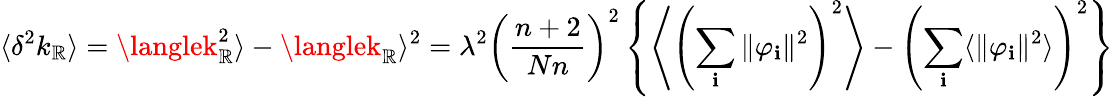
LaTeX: \langle\delta^{2}k_{\mathbb{R}}\rangle=\langlek_{\mathbb{R}}^{2}\rangle-\langlek_{\mathbb{R}}\rangle^{2}=\lambda^{2}\left(\frac{{n+2}}{{Nn}}\right)^{2}\left\{ \left\langle\left(\sum_{\mathbf{i}}\Vert\varphi_{\mathbf{i}}\Vert^{2}\right)^{2}\right\rangle-\left(\sum_{\mathbf{i}}\langle\Vert\varphi_{\mathbf{i}}\Vert^{2}\rangle\right)^{2}\right\}